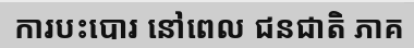
ការបះបោរ នៅពេល ជនជាតិ ភាគ